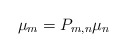
\begin{align*}\mu_{m}=P_{m,n}\mu_{n}\end{align*}